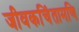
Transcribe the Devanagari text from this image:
जीवकचिंतामणि